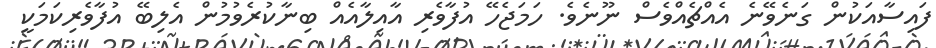
ފައިސާއަކުން ގަނެވޭނެ އެއްޗެއްވެސް ނޫނެވެ. ހަމަޖެހޭ އުފާވެރި އާއިލާއެއް ބިނާކުރެވުމުން އެލިބޭ އުފާވެރިކަމަކީ